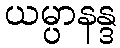
ယမ္ပာနန္ဒ